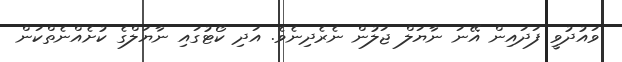
ވައުދުވީ ފަދައިން އޭނަ ނާޔަލް ޖަލުން ނެރެދިނެވެ. އަދި ކޯޓުގައި ނާޔަލްގެ ކުށެއްނެތްކަން